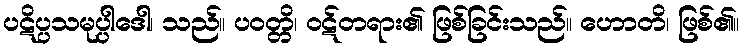
ပဋိပ္ပသမုပ္ပါဒေါ၊ သည်။ ပဝတ္တိ၊ ဝဋ်တရား၏ ဖြစ်ခြင်းသည်။ ဟောတိ၊ ဖြစ်၏။